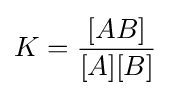
K={\frac {[AB]}{[A][B]}}